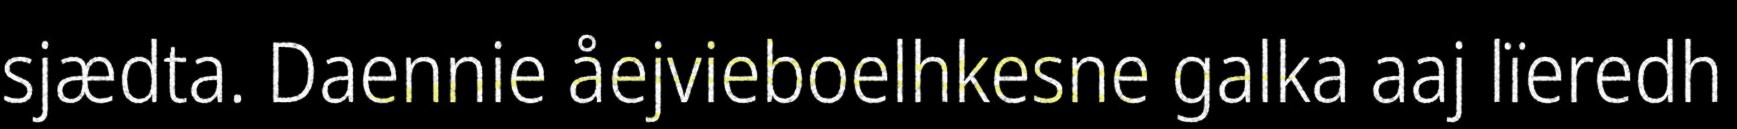
sjædta. Daennie åejvieboelhkesne galka aaj lïeredh